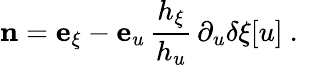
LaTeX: \mathbf{n}=\mathbf{e}_{\xi}-\mathbf{e}_{u}\, \frac{h_{\xi}}{h_{u}}\, \partial_{u}\delta\xi[u]\ .\